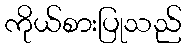
ကိုယ်စားပြုသည်